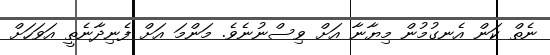
ނެތް ކަން އެނގުމުން މިޔާނާ އަށް ވިސްނުނެވެ. މަންމަ އަށް ފެނިދާނެތީ އަވަހަށް